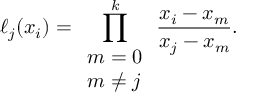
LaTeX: \ell _ { j } ( x _ { i } ) = \prod _ { \begin{array} { l } { m = 0 } \\ { m \neq j } \end{array} } ^ { k } { \frac { x _ { i } - x _ { m } } { x _ { j } - x _ { m } } } .